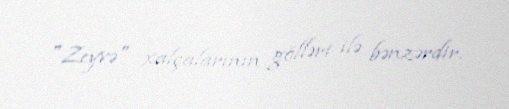
"Zeyvə" xalçalarının gölləri ilə bənzərdir.